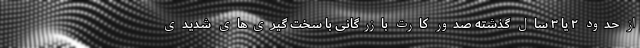
از حدود ۲ یا ۳ سال گذشته صدور کارت بازرگانی با سخت گیری‌های شدیدی